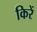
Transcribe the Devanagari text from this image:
किरें